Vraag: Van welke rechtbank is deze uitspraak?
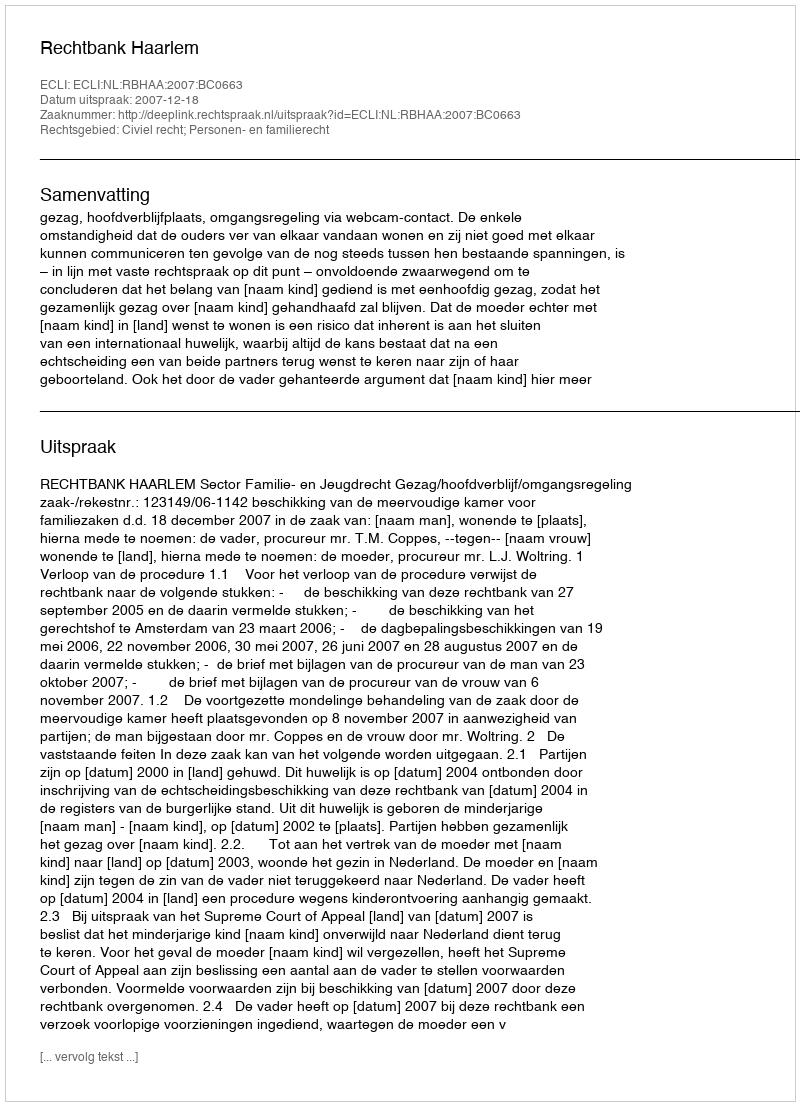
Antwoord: Rechtbank Haarlem